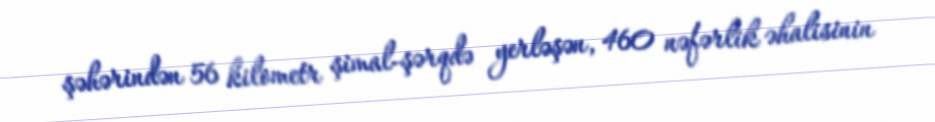
şəhərindən 56 kilometr şimal-şərqdə yerləşən, 460 nəfərlik əhalisinin